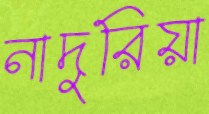
নাদুরিয়া